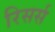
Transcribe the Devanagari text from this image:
रिसर्स